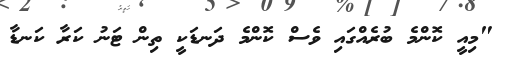
"މިއީ ކޮންމެ ބުރެއްގައި ވެސް ކޮންމެ ދަނޑަކީ ތިން ޓަނު ކަރާ ކަނޑާ